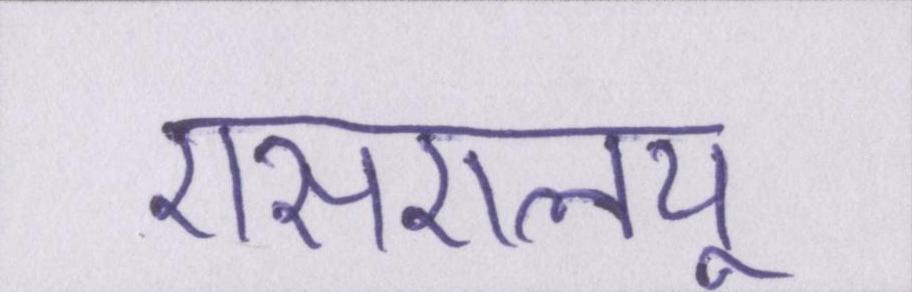
एसएलयू